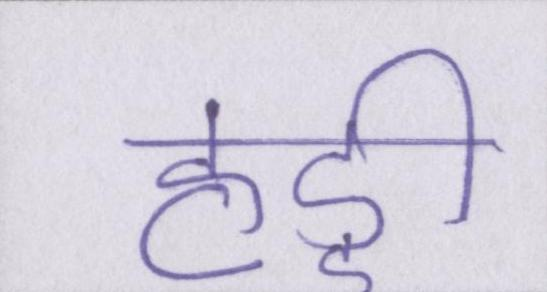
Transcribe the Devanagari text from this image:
हड्डी